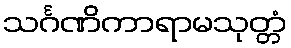
သင်္ဂဏိကာရာမသုတ္တံ